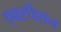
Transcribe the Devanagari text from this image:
एक्स्पैंशन